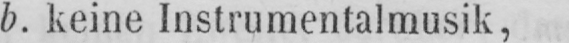
b. keine Instrumentalmusik,